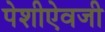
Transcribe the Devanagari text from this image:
पेशीऐवजी